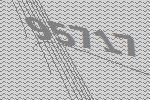
95717